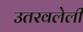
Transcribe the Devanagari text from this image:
उतरवलेली